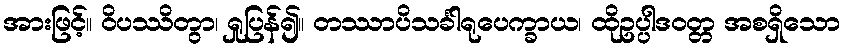
အားဖြင့်။ ဝိပဿိတွာ၊ ရှုပြန်၍။ တဿာပိသင်္ခါရုပေက္ခာယ၊ ထိုဥပ္ပါဒဝတ္တ အစရှိသော